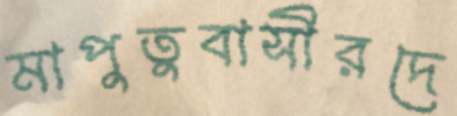
মাপুতুবাসীরদে